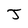
Character: J